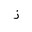
Letter: _zay